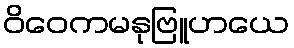
ဝိဝေကမနုဗြူဟယေ